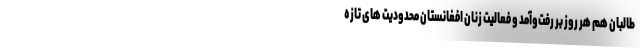
طالبان هم هر روز بر رفت‌وآمد و فعالیت زنان افغانستان محدودیت های تازه